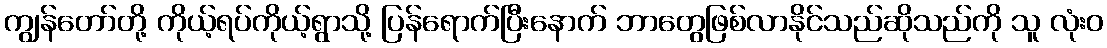
ကျွန်တော်တို့ ကိုယ့်ရပ်ကိုယ့်ရွာသို့ ပြန်ရောက်ပြီးနောက် ဘာတွေဖြစ်လာနိုင်သည်ဆိုသည်ကို သူ လုံးဝ